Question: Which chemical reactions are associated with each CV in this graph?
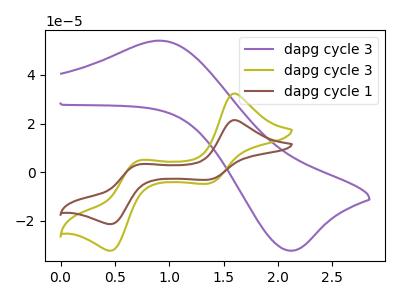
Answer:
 <answer>The purple curve is labeled "dapg cycle 3". The olive curve is labeled "dapg cycle 3". The brown curve is labeled "dapg cycle 1".</answer>
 <eval></eval>